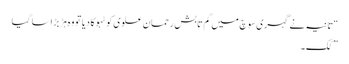
“ تانیہ نے گہری سوچ میں گم تابش رحمان علوی کو ٹہوکا دیا تو وہ ہڑبڑا سا گیا
” کک ۔